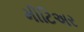
મીટિઅર